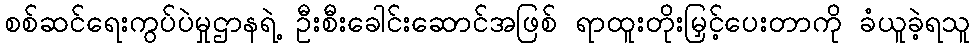
စစ်ဆင်ရေးကွပ်ပဲမှုဌာနရဲ့ ဦးစီးခေါင်းဆောင်အဖြစ် ရာထူးတိုးမြှင့်ပေးတာကို ခံယူခဲ့ရသူ